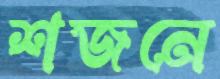
শজনে